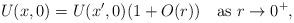
LaTeX: \begin{align*}U(x,0)=U(x',0)(1+O(r))\quad\mbox{as } r \to 0^+,\end{align*}